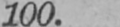
100.